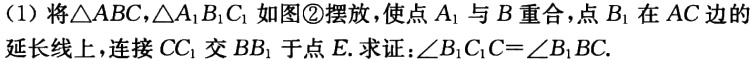
(1) 将$\triangle ABC$，$\triangle A_{1}B_{1}C_{1}$如图\textcircled{2}摆放，使点$A_{1}$与$B$重合，点$B_{1}$在$AC$边的延长线上，连接$CC_{1}$交$BB_{1}$于点$E$. 求证：$\angle B_{1}C_{1}C = \angle B_{1}BC$.